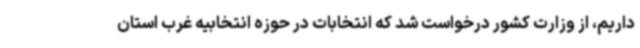
داریم، از وزارت کشور درخواست شد که انتخابات در حوزه انتخابیه غرب استان